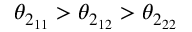
\theta _ { 2 _ { 1 1 } } > \theta _ { 2 _ { 1 2 } } > \theta _ { 2 _ { 2 2 } }